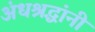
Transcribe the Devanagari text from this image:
अंधश्रद्धांनी